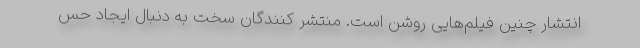
انتشار چنین فیلم‌هایی روشن است. منتشر کنندگان سخت به دنبال ایجاد حس